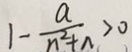
1 - \frac { a } { n ^ { 2 } + \Lambda } > 0